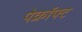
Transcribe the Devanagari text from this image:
पेक्रॉफ्ट